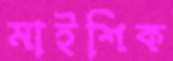
মাইশিক